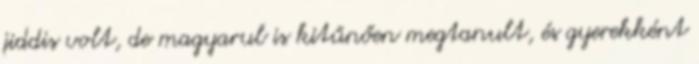
jiddis volt, de magyarul is kitűnően megtanult, és gyerekként